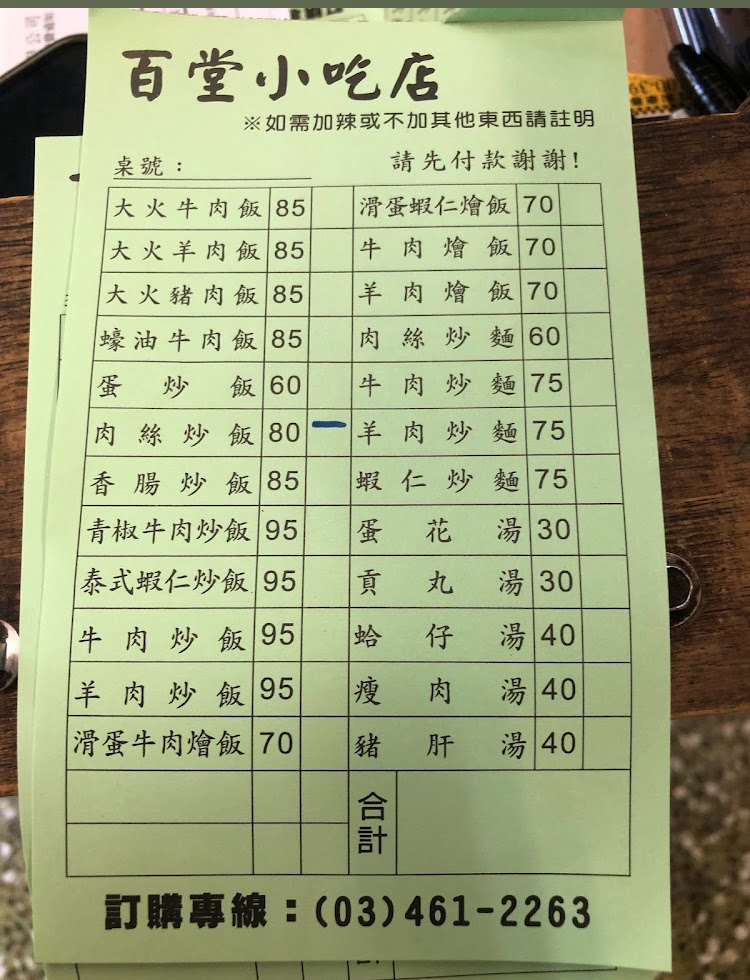
餐廳：百堂小吃店
電話：(03)461-2263
菜單：
name: 大火牛肉飯
price: 85
name: 大火羊肉飯
price: 85
name: 大火豬肉飯
price: 85
name: 蠔油牛肉飯
price: 85
name: 蛋炒飯
price: 60
name: 肉絲炒飯
price: 80
name: 香腸炒飯
price: 85
name: 青椒牛肉炒飯
price: 95
name: 泰式蝦仁炒飯
price: 95
name: 滑蛋蝦仁燴飯
price: 95
name: 牛肉燴飯
price: 70
name: 羊肉燴飯
price: 70
name: 肉絲炒麵
price: 60
name: 牛肉炒麵
price: 75
name: 羊肉炒麵
price: 75
name: 蝦仁炒麵
price: 75
name: 蛋花湯
price: 30
name: 貢丸湯
price: 30
name: 蛤仔湯
price: 40
name: 瘦肉湯
price: 40
name: 豬肝湯
price: 40
name: 滑蛋牛肉燴飯
price: 70